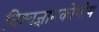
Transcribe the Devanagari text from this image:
विश्वज्ञानकोशीय